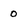
Character: 0